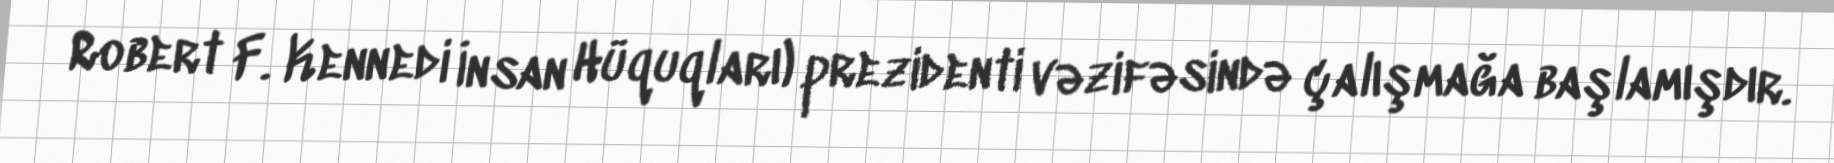
Robert F. Kennedi İnsan Hüquqları) prezidenti vəzifəsində çalışmağa başlamışdır.